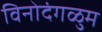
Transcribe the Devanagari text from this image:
विनोदंगळुम